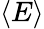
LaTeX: \left\langle E\right\rangle